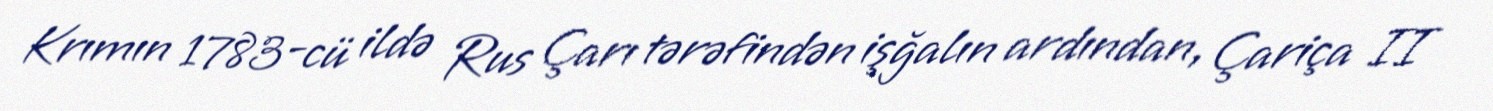
Krımın 1783-cü ildə Rus Çarı tərəfindən işğalın ardından, Çariça II